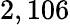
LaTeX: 2,106